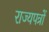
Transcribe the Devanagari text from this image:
राज्यपत्रों